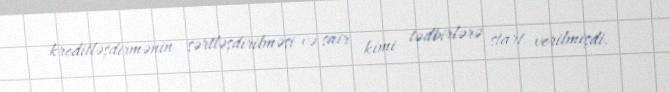
kreditləşdirmənin sərtləşdirilməsi və sair kimi tədbirlərə start verilmişdi.